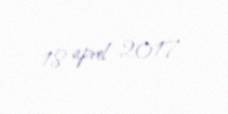
18 aprel 2017